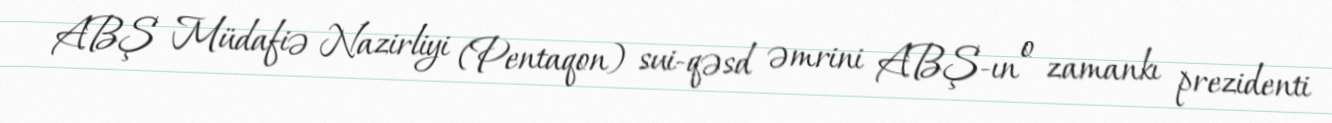
ABŞ Müdafiə Nazirliyi (Pentaqon) sui-qəsd əmrini ABŞ-ın o zamankı prezidenti